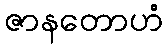
ဇာနတောဟံ